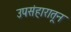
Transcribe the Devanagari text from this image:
उपसंहारातून